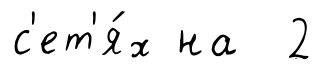
с'ет'я́х на 2